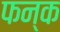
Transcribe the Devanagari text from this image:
फन्क